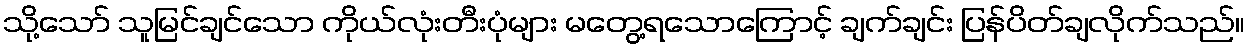
သို့သော် သူမြင်ချင်သော ကိုယ်လုံးတီးပုံများ မတွေ့ရသောကြောင့် ချက်ချင်း ပြန်ပိတ်ချလိုက်သည်။